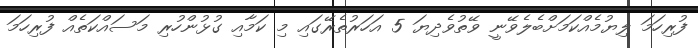
ފުރިހަމަ ލިޔުމެއްކަމަށްބެލެވޭނީ ވޭތުވެދިޔަ 5 އަހަރުތެރޭގައި މި ކަމާއި ގުޅުންހުރި މަސައްކަތެއް ފުރިހަމަ